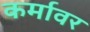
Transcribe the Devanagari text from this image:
कर्मावर